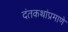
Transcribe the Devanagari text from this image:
दंतकथांप्रमाणे